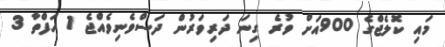
މައި ކޮލެޖްގެ 900އަށް ވުރެ ގިނަ ދަރިވަރުން ދަސްވެނިވެއްޖެ 1 ހަފްތާ 3